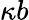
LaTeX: \kappa b